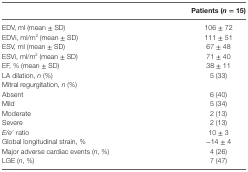
<table><thead><tr><td></td><td><b>Patients (<i>n</i> = 15)</b></td></tr></thead><tbody><tr><td>EDV, ml (mean ± SD)</td><td>106 ± 72</td></tr><tr><td>EDVi, ml/m<sup>2</sup> (mean ± SD)</td><td>111 ± 51</td></tr><tr><td>ESV, ml (mean ± SD)</td><td>67 ± 48</td></tr><tr><td>ESVi, ml/m<sup>2</sup> (mean ± SD)</td><td>71 ± 40</td></tr><tr><td>EF, % (mean ± SD)</td><td>38 ± 11</td></tr><tr><td>LA dilation, <i>n</i> (%)</td><td>5 (33)</td></tr><tr><td>Mitral regurgitation, <i>n</i> (%)</td><td></td></tr><tr><td>Absent</td><td>6 (40)</td></tr><tr><td>Mild</td><td>5 (34)</td></tr><tr><td>Moderate</td><td>2 (13)</td></tr><tr><td>Severe</td><td>2 (13)</td></tr><tr><td><i>E/e</i>′ ratio</td><td>10 ± 3</td></tr><tr><td>Global longitudinal strain, %</td><td>−14 ± 4</td></tr><tr><td>Major adverse cardiac events (<i>n</i>, %)</td><td>4 (26)</td></tr><tr><td>LGE (<i>n</i>, %)</td><td>7 (47)</td></tr></tbody></table>